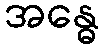
အန္ဓေ